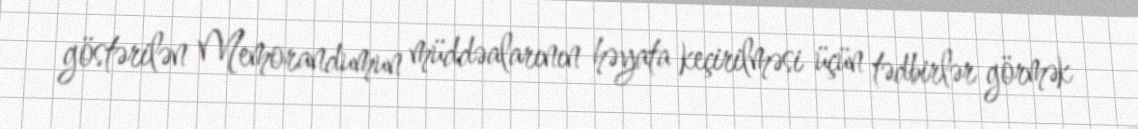
göstərilən Memorandumun müddəalarının həyata keçirilməsi üçün tədbirlər görmək